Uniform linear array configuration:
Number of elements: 32
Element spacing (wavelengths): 0.5
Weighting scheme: kaiser
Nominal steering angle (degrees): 45
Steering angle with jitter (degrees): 45.643
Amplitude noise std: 0.05
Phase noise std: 0.05

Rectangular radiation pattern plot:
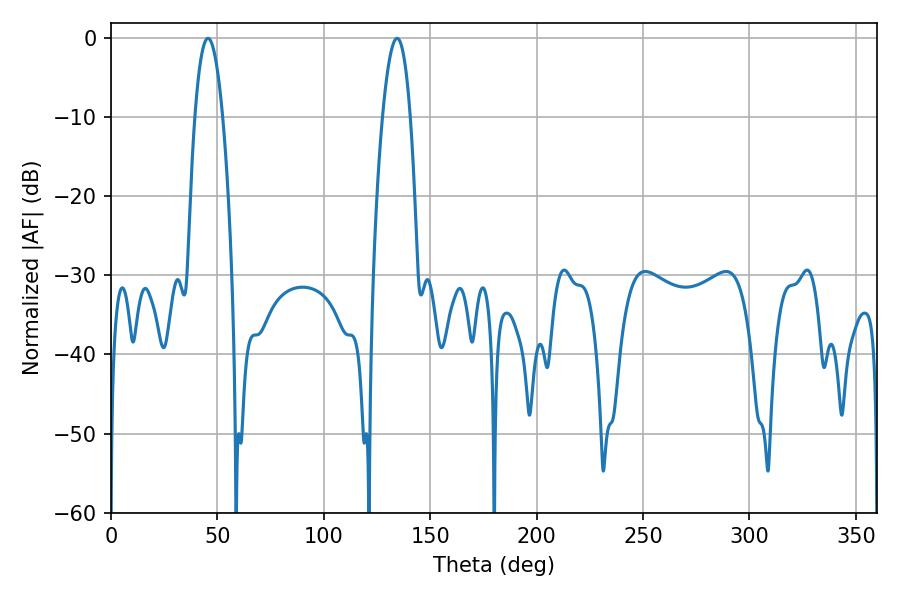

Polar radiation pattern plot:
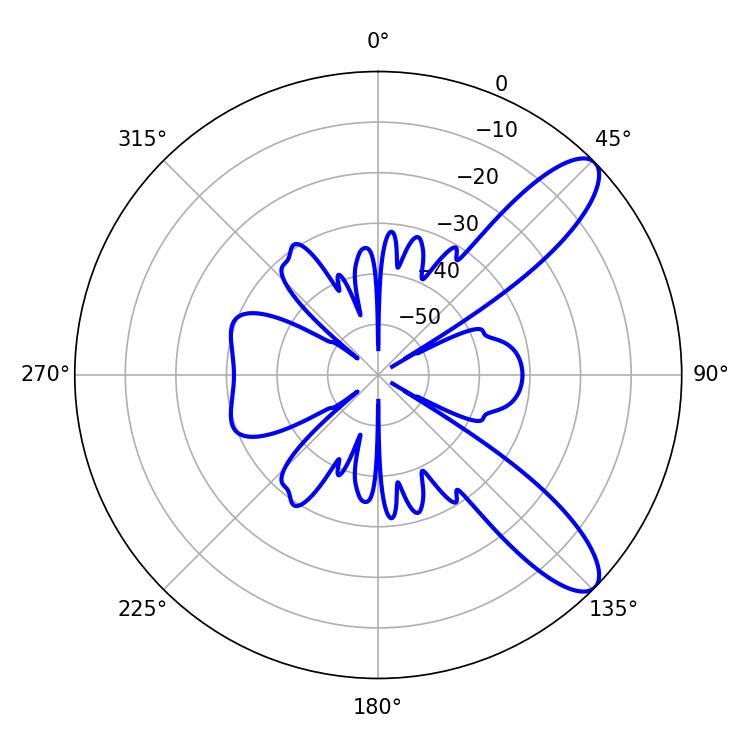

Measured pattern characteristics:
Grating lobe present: FALSE
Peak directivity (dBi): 10.157
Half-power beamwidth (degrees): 7.2
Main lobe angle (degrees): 45.54